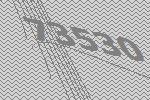
73530